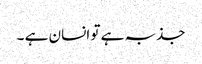
جذبہ ہے تو انسان ہے ۔